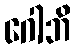
ဂေါဘိ